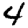
Digit: 4